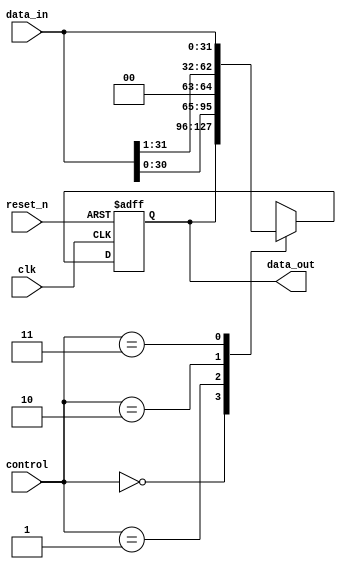
module shifter32
    #(parameter n = 32)
    (
    input [n-1:0] data_in ,
    input clk, reset_n    ,
    input [1:0] control   ,
    output reg [n-1:0] data_out
    )        ;

    parameter hold = 0, shift_left = 1, shift_right = 2, siso = 3;

    always @ (posedge clk or negedge reset_n)
    begin
        if (!reset_n)
            data_out <= 0;
        else
            begin
                case(control)
                    hold        : data_out <= data_out      ;
                    shift_left  : data_out <= data_in << 1  ;
                    shift_right : data_out <= data_in >> 1  ;
                    siso        : data_out <= data_in       ;
                    default     : data_out <= data_out      ;
                endcase
            end
    end

endmodule